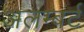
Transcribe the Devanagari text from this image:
अलम्बर्ट